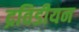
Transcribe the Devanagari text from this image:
द्रविडीयन